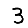
Digit: 3